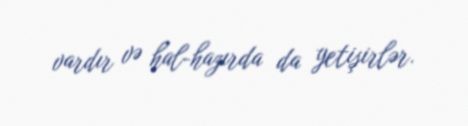
vardır və hal-hazırda da yetişirlər.